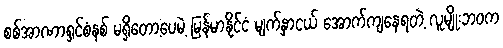
စစ်အာဏာရှင်စံနစ် မရှိတော့ပေမဲ့ မြန်မာနိုင်ငံ မျက်နှာငယ် အောက်ကျနေရတဲ့ လူမျိုးဘဝက